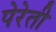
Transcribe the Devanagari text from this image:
पेरेती